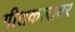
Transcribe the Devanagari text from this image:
गीतकारावर